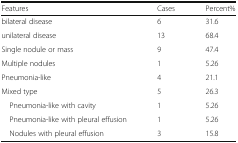
<table><thead><tr><td><b>Features</b></td><td><b>Cases</b></td><td><b>Percent%</b></td></tr></thead><tbody><tr><td>bilateral disease</td><td>6</td><td>31.6</td></tr><tr><td>unilateral disease</td><td>13</td><td>68.4</td></tr><tr><td>Single nodule or mass</td><td>9</td><td>47.4</td></tr><tr><td>Multiple nodules</td><td>1</td><td>5.26</td></tr><tr><td>Pneumonia-like</td><td>4</td><td>21.1</td></tr><tr><td>Mixed type</td><td>5</td><td>26.3</td></tr><tr><td> Pneumonia-like with cavity</td><td>1</td><td>5.26</td></tr><tr><td> Pneumonia-like with pleural effusion</td><td>1</td><td>5.26</td></tr><tr><td> Nodules with pleural effusion</td><td>3</td><td>15.8</td></tr></tbody></table>